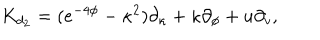
LaTeX: { K } _ { d _ { 2 } } = ( e ^ { - 4 \phi } - { \kappa } ^ { 2 } ) \partial _ { \kappa } + \kappa \partial _ { \phi } + u \partial _ { v } ,